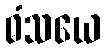
ဓံသယေ